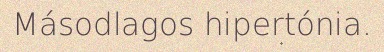
Másodlagos hipertónia.